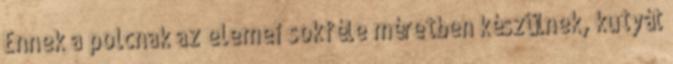
Ennek a polcnak az elemei sokféle méretben készülnek, kutyát